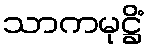
သာကမုဋ္ဌိံ